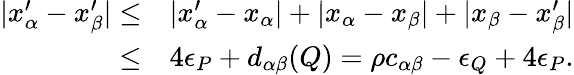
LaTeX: \begin{array}{rl}{|x_{\alpha}^{\prime}-x_{\beta}^{\prime}|\leq}&{|x_{\alpha}^{\prime}-x_{\alpha}|+|x_{\alpha}-x_{\beta}|+|x_{\beta}-x_{\beta}^{\prime}|}\\ {\leq}&{4\epsilon_{P}+d_{\alpha\beta}(Q)=\rho c_{\alpha\beta}-\epsilon_{Q}+4\epsilon_{P}.}\end{array}